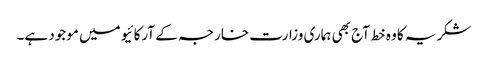
شکریہ کا وہ خط آج بھی ہماری وزارت خارجہ کے آرکائیو میں موجود ہے۔